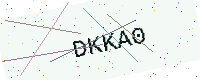
Text: DKKA0